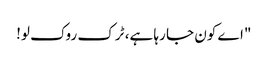
"اے کون جا رہا ہے، ٹرک روک لو!